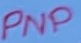
Text: PNP